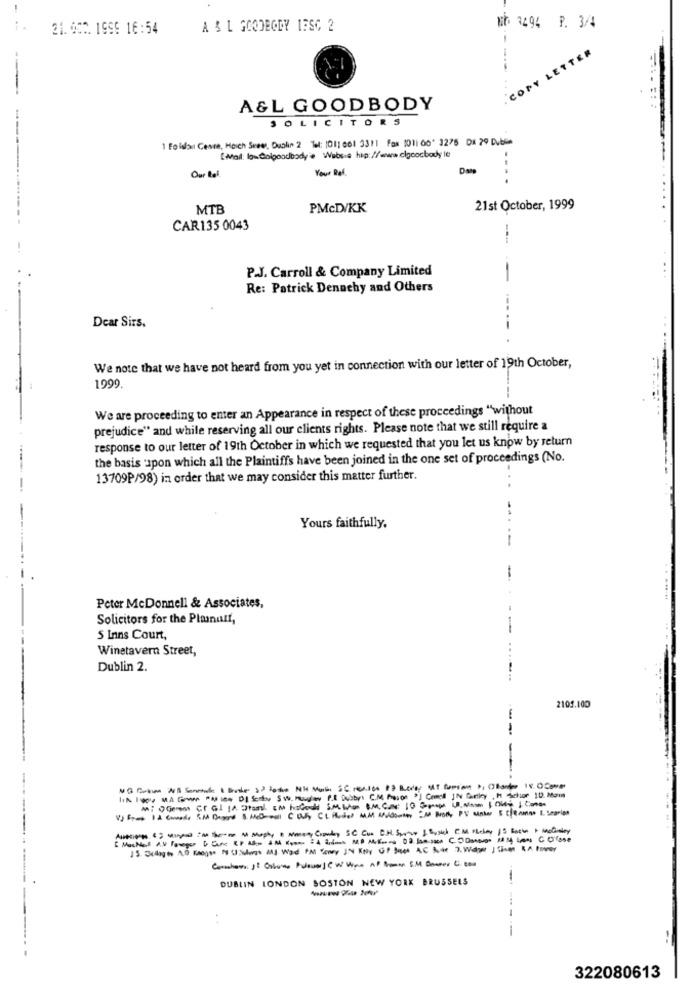
21.000. 1999 16:54
A & L GOODEGDY IFSC 2
Wh 3494 P. 3/4
. COPY LETTER
A&L GOODBODY
SOLICITORS
1 Foldlou Ceste, Hoich Srees, Dublin 2 Tel: 1011 061 3311 Fax 1011 00' 3275 DE 29 Duble
[Mail: losColgoodbody' Websie hip: //www.clgcocbody le
---------
Your Ref.
Our tal
..
MTB
PMcD/KK
21st October, 1999
CAR135 0043
P.J. Carroll & Company Limited
-
Re: Patrick Dennehy and Others
Dear Sirs.
- .
We note that we have not heard from you yet in connection with our letter of 19th October,
1999.
---
We are proceeding to enter an Appearance in respect of these proceedings "without
prejudice" and while reserving all our clients rights. Please note that we still require a
response to our letter of 19th October in which we requested that you let us know by return
the basis upon which all the Plaintiffs have been joined in the one set of proceedings (No.
13709P/98) in order that we may consider this matter further.
Yours faithfully.
-
-
Peter McDonnell & Associates,
Solicitors for the Plumnull,
---
5 Inns Court,
Winetavern Street,
...
Dublin 2.
2105.100
-
-
DUBLIN LONDON BOSTON NEW YORK BRUSSELS
322080613